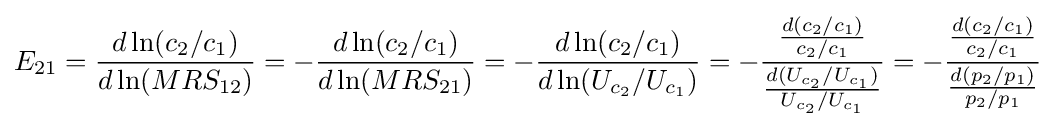
E_{21}={\frac {d\ln(c_{2}/c_{1})}{d\ln(MRS_{12})}}=-{\frac {d\ln(c_{2}/c_{1})}{d\ln(MRS_{21})}}=-{\frac {d\ln(c_{2}/c_{1})}{d\ln(U_{c_{2}}/U_{c_{1}})}}=-{\frac {\frac {d(c_{2}/c_{1})}{c_{2}/c_{1}}}{\frac {d(U_{c_{2}}/U_{c_{1}})}{U_{c_{2}}/U_{c_{1}}}}}=-{\frac {\frac {d(c_{2}/c_{1})}{c_{2}/c_{1}}}{\frac {d(p_{2}/p_{1})}{p_{2}/p_{1}}}}